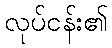
လုပ်ငန်း၏